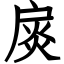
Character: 扊